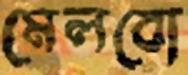
মেলবো